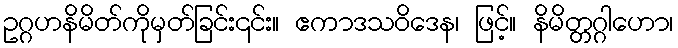
ဥဂ္ဂဟနိမိတ်ကိုမှတ်ခြင်း၎င်း။ ဧကာဒသဝိဒေန၊ ဖြင့်။ နိမိတ္တဂ္ဂါဟော၊